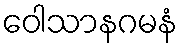
ဝေါသာနဂမနံ